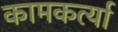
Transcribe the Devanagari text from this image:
कामकर्त्या